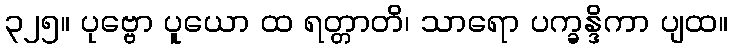
၃၂၅။ ပုဗ္ဗော ပူယော ထ ရတ္တာတိ၊ သာရော ပက္ခန္ဒိကာ ပျထ။